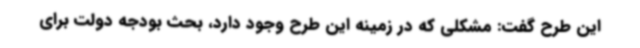
این طرح گفت: مشکلی که در زمینه این طرح وجود دارد، بحث بودجه دولت برای